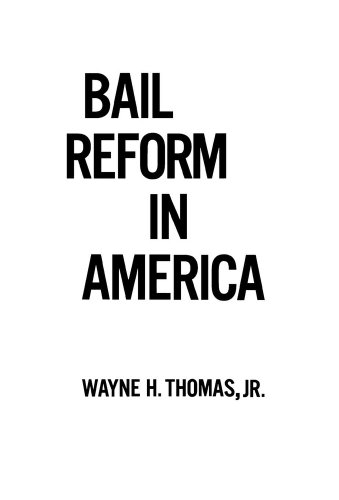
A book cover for Bail Reform in America; Wayne H. Thomas; Law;